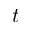
t